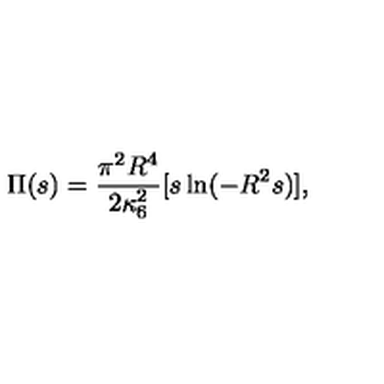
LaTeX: \Pi ( s ) = \frac { \pi ^ { 2 } R ^ { 4 } } { 2 \kappa _ { 6 } ^ { 2 } } [ s \ln ( - R ^ { 2 } s ) ] ,